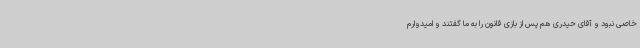
خاصی نبود و آقای حیدری هم پس از بازی قانون را به ما گفتند و امیدوارم